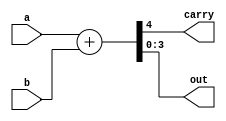
module fulladder(a,b,carry,out);
    input [3:0]a;
    input [3:0]b;
    output carry;
    output [3:0] out;

    assign {carry,out} = {1'b0,a} + {1'b0,b};
endmodule